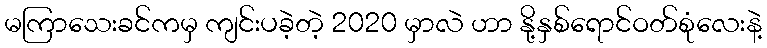
မကြာသေးခင်ကမှ ကျင်းပခဲ့တဲ့ 2020 မှာလဲ ဟာ နို့နှစ်ရောင်ဝတ်စုံလေးနဲ့